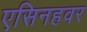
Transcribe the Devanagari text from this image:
एसिनहवर